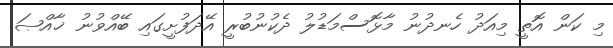
މި ކަން އޮތީ މިއަދު ހެނދުނު މާޅޮސްމަޑުލު ދެކުނުބުރީ އޭދަފުށީގައި ބޭއްވުނު ޚާއްޞަ